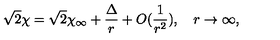
\sqrt { 2 } \chi = \sqrt { 2 } \chi _ { \infty } + \frac { \Delta } { r } + O ( \frac { 1 } { r ^ { 2 } } ) , \quad r \rightarrow \infty ,